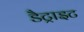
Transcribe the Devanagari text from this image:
डैट्राइट